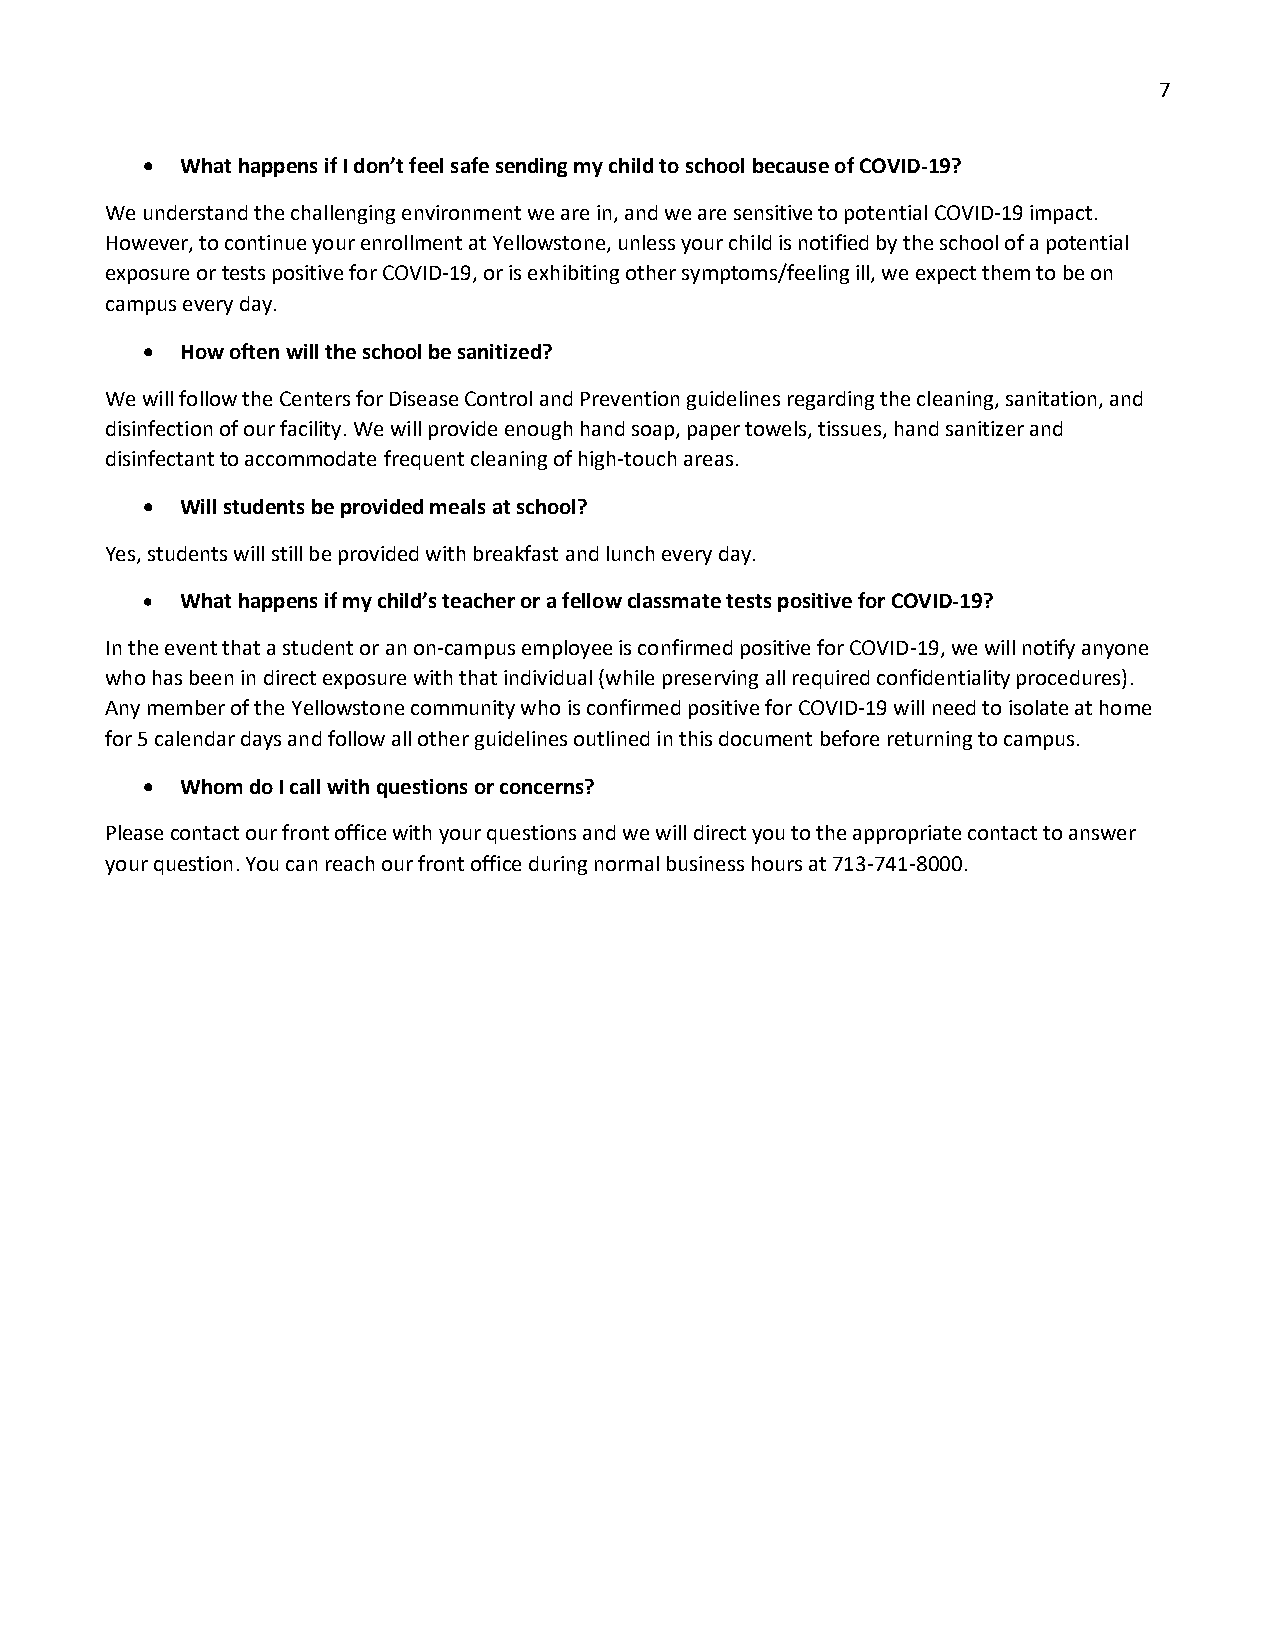
7
 •  What happens if I don’t feel safe sending my child to school because of COVID-19?
 We understand the challenging environment we are in, and we are sensitive to potential COVID-19 impact.
 However, to continue your enrollment at Yellowstone, unless your child is notified by the school of a potential
 exposure or tests positive for COVID-19, or is exhibiting other symptoms/feeling ill, we expect them to be on
 campus every day.
 •  How often will the school be sanitized?
 We will follow the Centers for Disease Control and Prevention guidelines regarding the cleaning, sanitation, and
 disinfection of our facility. We will provide enough hand soap, paper towels, tissues, hand sanitizer and
 disinfectant to accommodate frequent cleaning of high-touch areas.
 •  Will students be provided meals at school?
 Yes, students will still be provided with breakfast and lunch every day.
 •  What happens if my child’s teacher or a fellow classmate tests positive for COVID-19?
 In the event that a student or an on-campus employee is confirmed positive for COVID-19, we will notify anyone
 who has been in direct exposure with that individual (while preserving all required confidentiality procedures).
 Any member of the Yellowstone community who is confirmed positive for COVID-19 will need to isolate at home
 for 5 calendar days and follow all other guidelines outlined in this document before returning to campus.
 •  Whom do I call with questions or concerns?
 Please contact our front office with your questions and we will direct you to the appropriate contact to answer
 your question. You can reach our front office during normal business hours at 713-741-8000.